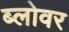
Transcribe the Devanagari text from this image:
ब्लोवर